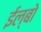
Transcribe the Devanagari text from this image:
ईल्बो